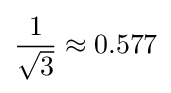
{1 \over {\sqrt {3}}}\approx 0.577